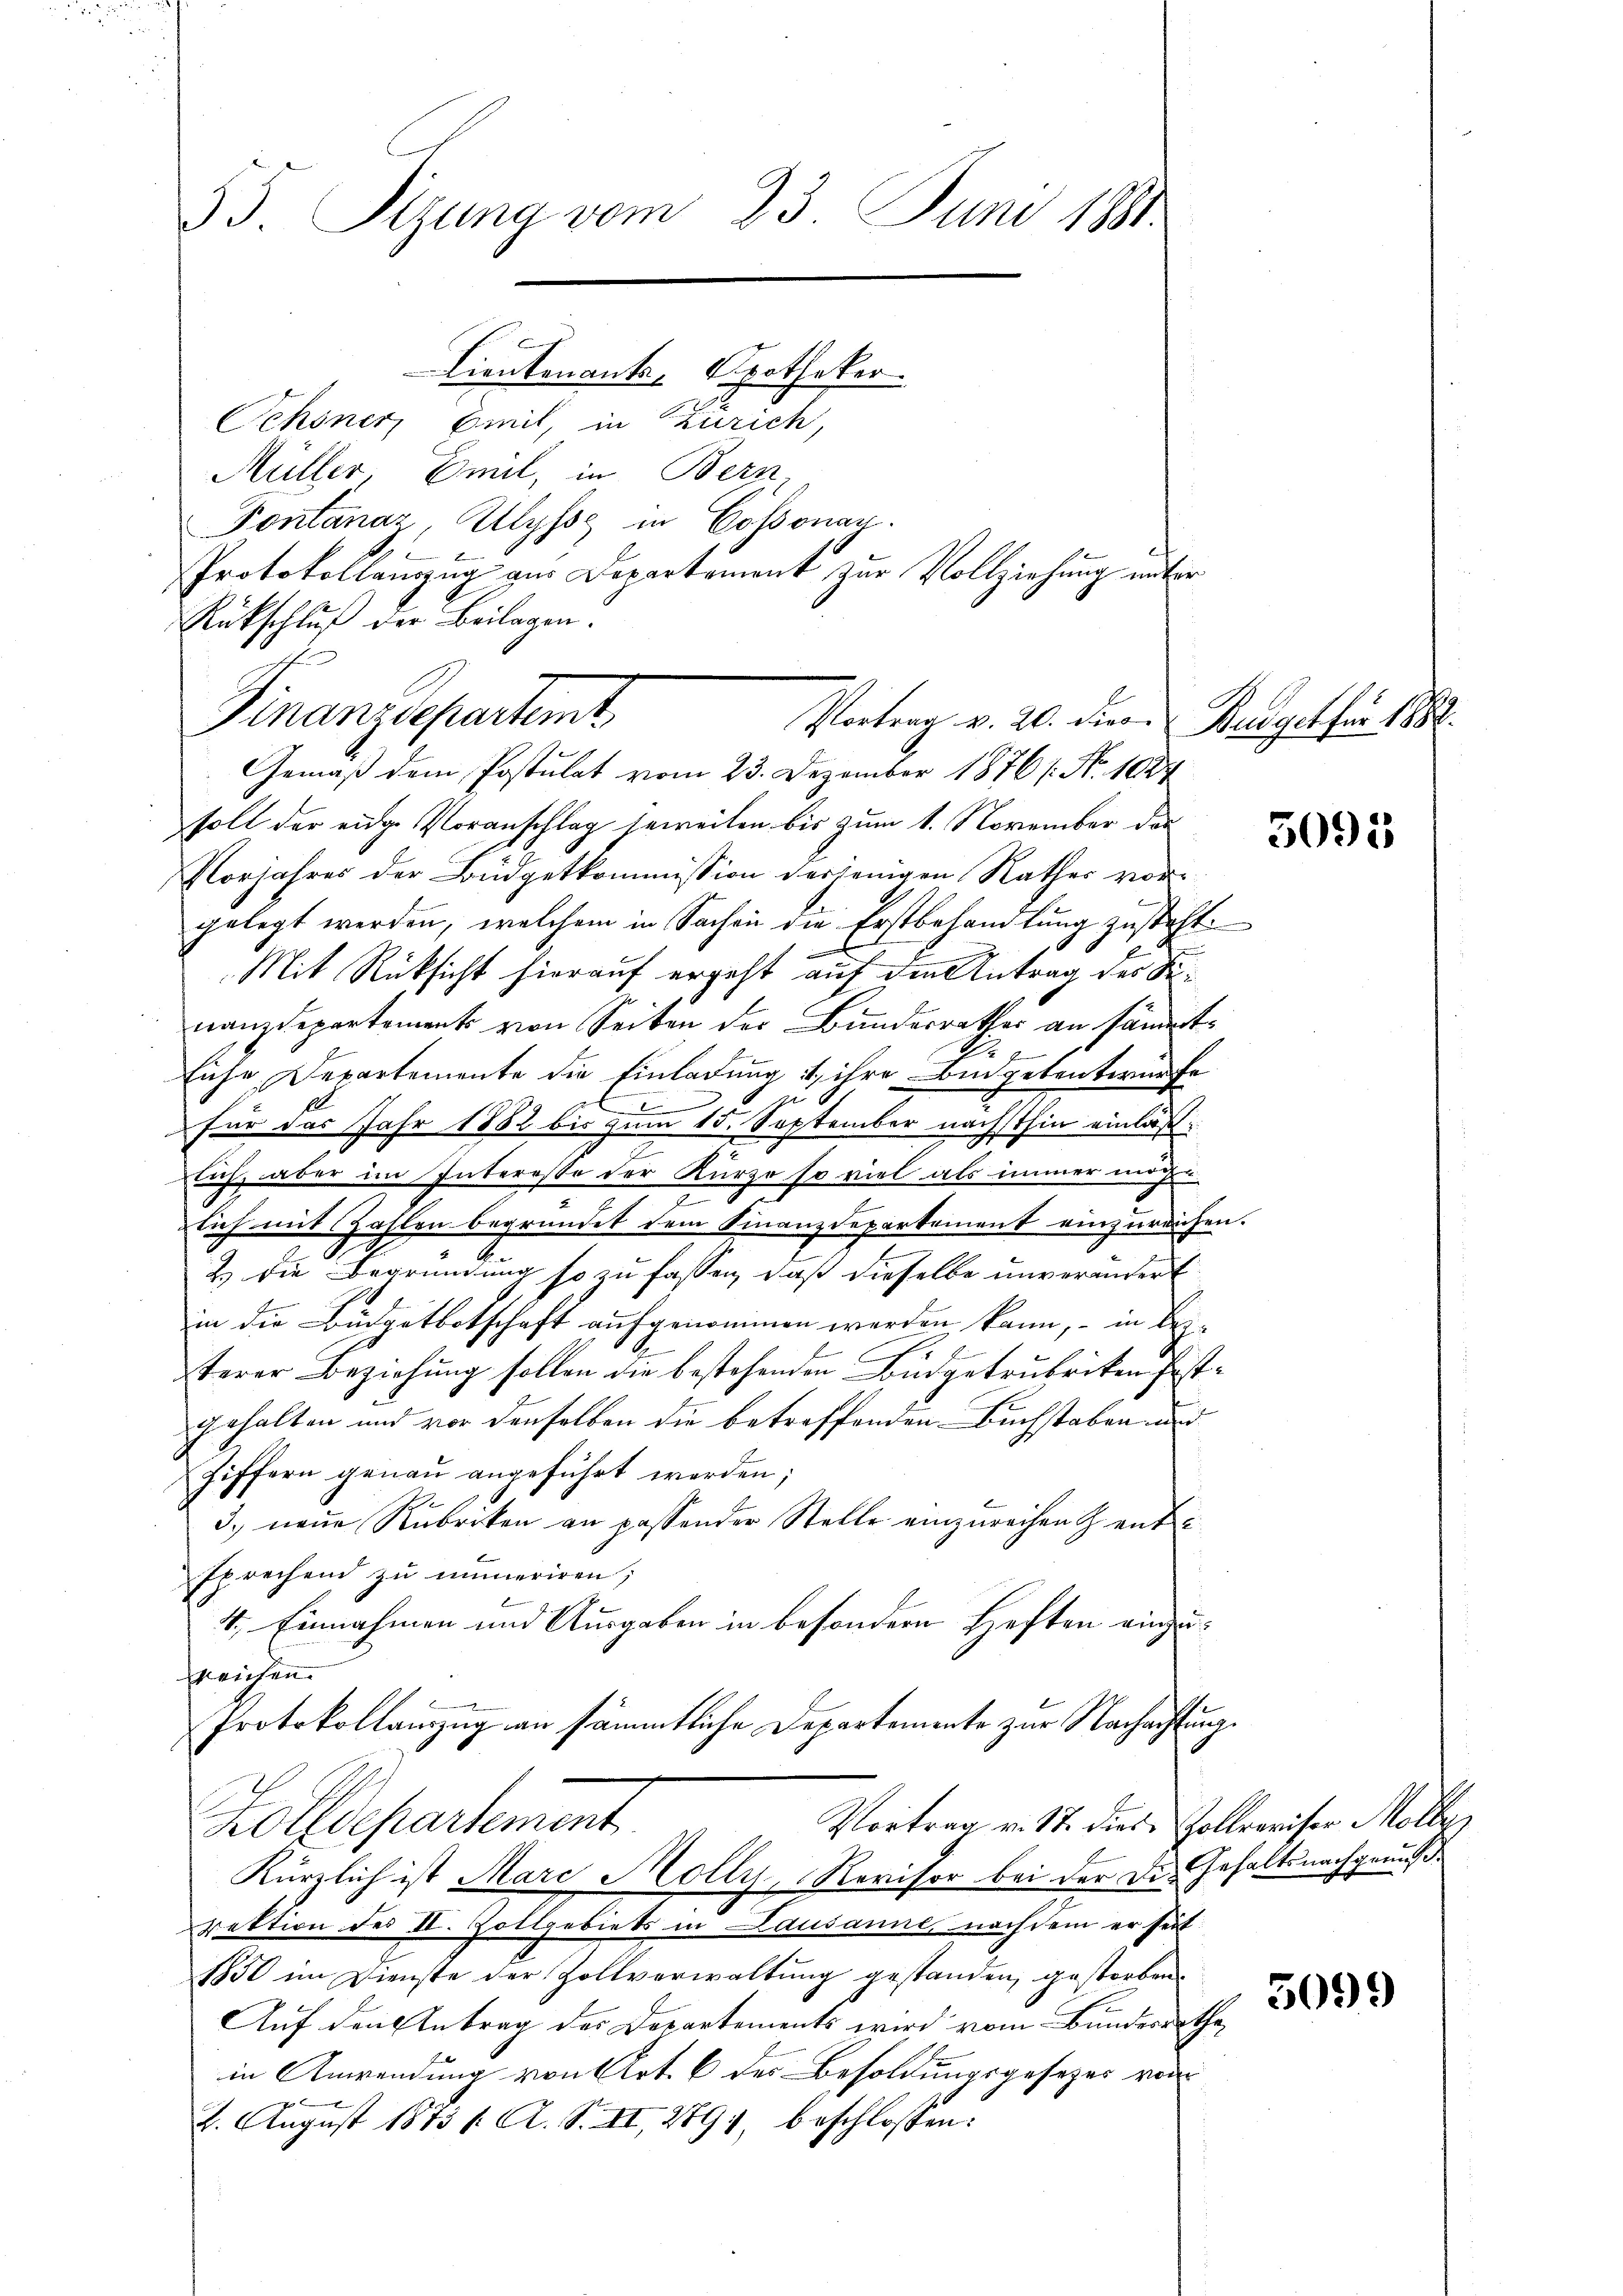
53. Sizung vom 23. Juni 181.

Lientenants-Apotheker.
Schöner Emit, in Zürich,
Müller, Emil, in Bern
Fontanar. Ulysse in Cossonan.
Protokollauszug aus Departement zur Vollziehung unter
Rückschluß der Beilagen.
Finanzdepartemt
Gemäß dem Postulat vom 23. Dezember 1876 /: No 102
soll der eidge Voranschlag jeweilen bis zum 1. November das
Norjahres der Büdgetkommission derjenigen Rathes vorgelegt werden, welchem in Sachen die Erstbehandlung zusteht.
Mit Rücksicht hierauf ergeht auf den Antrag des K.
nanzdepartement von Seiten der Bundesrathes an händerte
Eiche Departemente die Einladung 1) ihre Binpetentwurfe

für das Jahr 1882 bis zum 15. September nächsthin einläßs
lich, aber im Interesse der Kurze so viel als immer möchte.
e
lich mit Zahlen begründet dem Finanzdepartement einzureichen.
Z. die Begründung so zu fassen, daß dieselbe unverändert
in die Büdgetbotschaft aufgenommen werden kann, – in Bez¬
C
terer Beziehung sollen die bestehenden Budgetrubriken festgehalten und vor denselben die betreffenden Buchstaben nun
Ziffern genau angeführt werden;
3.) neue Rubriken an passender Stelle einzureichen & entsprechend zu numeriren;
4. Einnahmen und Ausgaben in besondern Heften anzueichen.
Protokollanzug an sämmtliche Departemente zur Nachachtung.
Vortrag v. 17. diese Hollrariser Mölle
Zolldepartement
Kürzlich ist Marc Molly, Revisor bei der Die Gehaltsnachgenuß
rektion des II. Zollgebiets in Lausanne, nachdem er seit
1850 im Dienste der Zollverwaltung gestanden, gestorben.
Auf den Antrag der Departements wird vom Bundesrathe,
in Anwendung von Art. 6 des Besoldungsgesetzes von

4. August 1873 /: A. S. II, 289), beschlossen:

Vortrag v. 20. Dier. Budget für 1883.

5092

5099